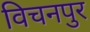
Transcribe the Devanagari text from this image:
विचनपुर